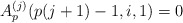
\begin{align*}A_p^{(j)}(p(j+1)-1,i,1) = 0\end{align*}